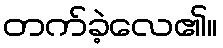
တက်ခဲ့လေ၏။